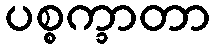
ပစ္စက္ခာတာ